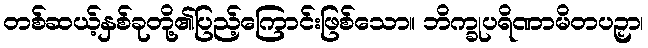
တစ်ဆယ့်နှစ်ခုတို့၏ပြည့်ကြောင်းဖြစ်သော။ ဘိက္ခုပရိဏာမိတပဉှာ၊